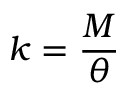
k = { \frac { M } { \theta } }